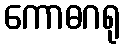
ကောဓဂရု